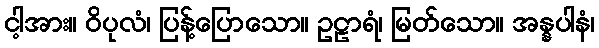
ငါ့အား။ ဝိပုလံ၊ ပြန့်ပြောသော။ ဥဠာရံ၊ မြတ်သော။ အန္နပါနံ၊